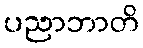
ပညာဘာတိ